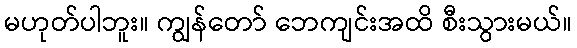
မဟုတ်ပါဘူး။ ကျွန်တော် ဘေကျင်းအထိ စီးသွားမယ်။